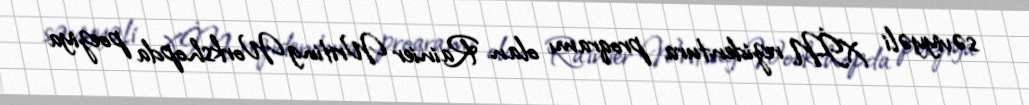
səviyyəli XİN rezidentura proqramı olan Rainier Writing Workshopda poeziya